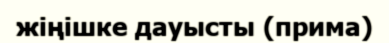
жіңішке дауысты (прима)